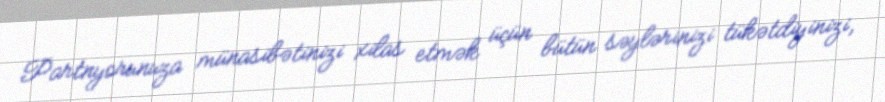
Partnyorunuza münasibətinizi xilas etmək üçün bütün səylərinizi tükətdiyinizi,